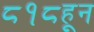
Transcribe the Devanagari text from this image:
८१८हून